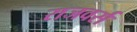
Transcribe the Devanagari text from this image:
राजवर्स